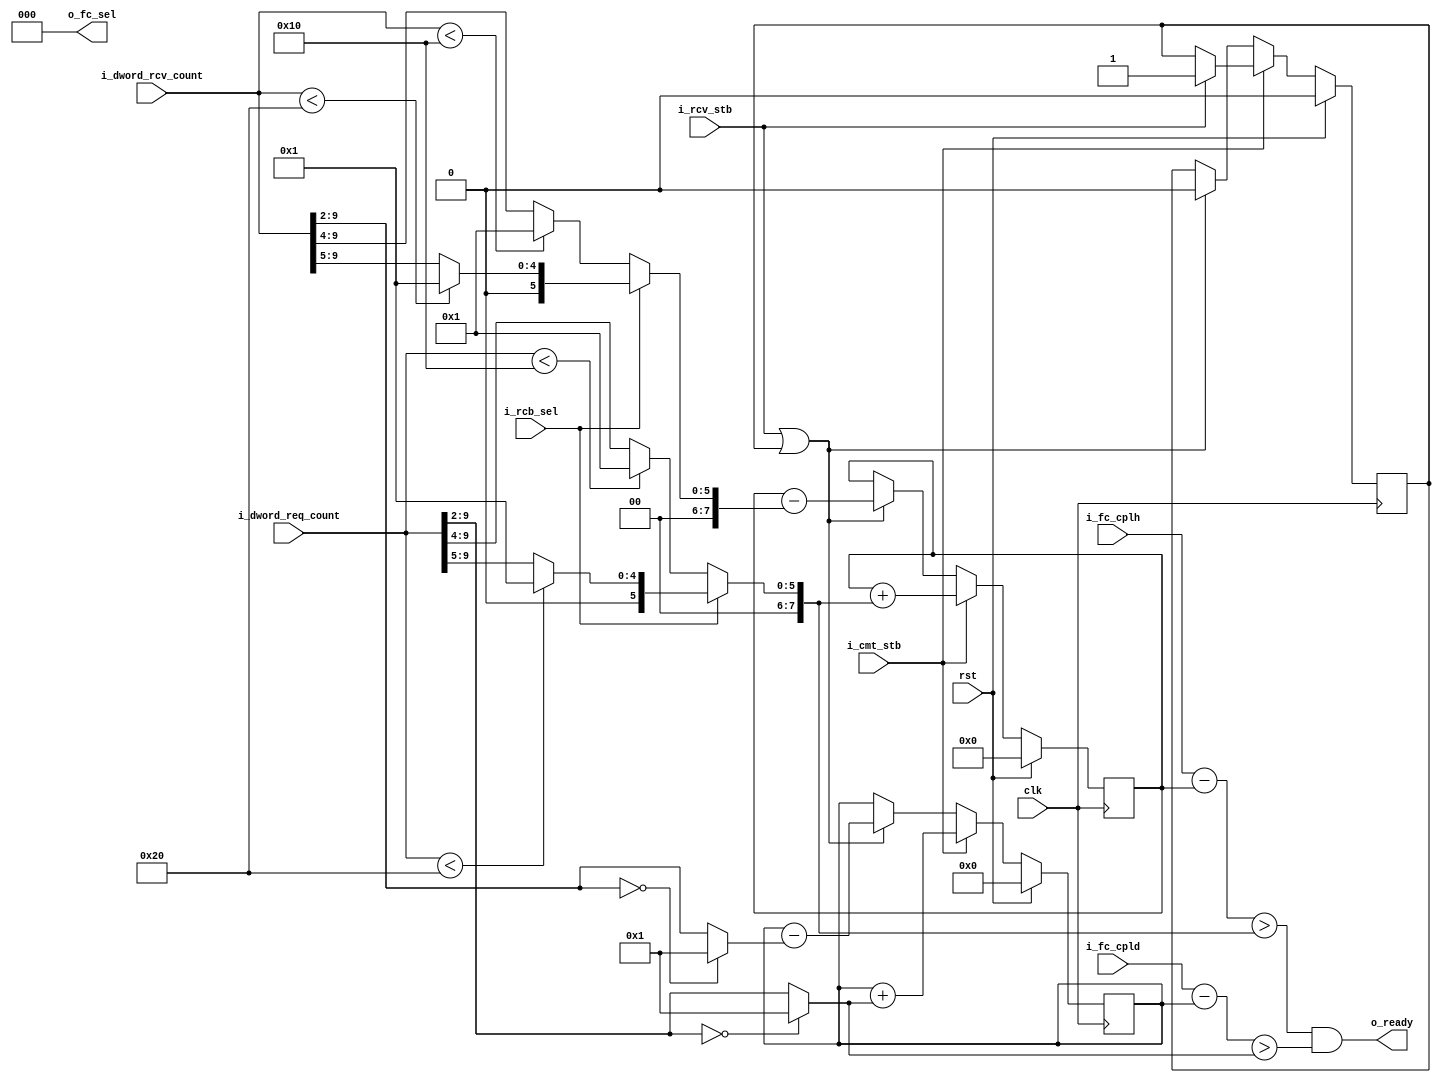
/*l
Distributed under the MIT license.
Copyright (c) 2016 Dave McCoy (dave.mccoy@cospandesign.com)

Permission is hereby granted, free of charge, to any person obtaining a copy of
this software and associated documentation files (the "Software"), to deal in
the Software without restriction, including without limitation the rights to
use, copy, modify, merge, publish, distribute, sublicense, and/or sell copies
of the Software, and to permit persons to whom the Software is furnished to do
so, subject to the following conditions:

The above copyright notice and this permission notice shall be included in all
copies or substantial portions of the Software.

THE SOFTWARE IS PROVIDED "AS IS", WITHOUT WARRANTY OF ANY KIND, EXPRESS OR
IMPLIED, INCLUDING BUT NOT LIMITED TO THE WARRANTIES OF MERCHANTABILITY,
FITNESS FOR A PARTICULAR PURPOSE AND NONINFRINGEMENT. IN NO EVENT SHALL THE
AUTHORS OR COPYRIGHT HOLDERS BE LIABLE FOR ANY CLAIM, DAMAGES OR OTHER
LIABILITY, WHETHER IN AN ACTION OF CONTRACT, TORT OR OTHERWISE, ARISING FROM,
OUT OF OR IN CONNECTION WITH THE SOFTWARE OR THE USE OR OTHER DEALINGS IN THE
SOFTWARE.
*/

/*
 * Description:
 *  Manages credit from the PCIE Core to make sure the data requested will not
 *  be lost on the ingress
 *
 * Changes:
 *  4/29/2016: Initial Commit
 */

/* Credit:
 *
 *  Header Credit:
 *    either a 3 dword credit (for 32-bit data) or a 4 dword credit ( 64-bit data)
 *  Data Credit:
 *    16 byte chunk of data (4 x 32-bit)
 *
 */

/* Types of flow control
 *  000: Receive Buffer Available
 *  001: Receive Credits Granted to the link Partner
 *  010: Receive Credits Consumed
 *  100: Transmit User Credits Available
 *  101: Transmit Credit Limit
 *  110: Transmit Credit Consumed
 */

/* Max Receive Credit Size: 128 but divide by 4 because we are working with Dwords instead of Bytes*/
`define RCB_128_SIZE  (128 / 4)
`define RCB_64_SIZE   ( 64 / 4)

module credit_manager #(
  //parameter                 MAX_PKTS = 1
  parameter                 MAX_PKTS = 0
)(
  input                     clk,
  input                     rst,


  //Credits/Configuration
  output        [2:0]       o_fc_sel,             //Select the type of flow control (see above)
  input                     i_rcb_sel,
  input         [7:0]       i_fc_cplh,            //Completion Header Credits
  input         [11:0]      i_fc_cpld,            //Completion Data Credits

  //PCIE Control Interface
  output                    o_ready,              //Ready for a new request
  input         [9:0]       i_dword_req_count,
  input                     i_cmt_stb,            //Controller commited this request

  //Completion Receive Size
  input         [9:0]       i_dword_rcv_count,
  input                     i_rcv_stb
);

//registes/wires

reg             [7:0]       r_hdr_in_flt;
reg             [11:0]      r_dat_in_flt;

wire                        w_hdr_rdy;
wire                        w_dat_rdy;
reg             [7:0]       r_max_hdr_req;

wire            [7:0]       w_hdr_avail;
wire            [11:0]      w_dat_avail;
wire            [15:0]      w_dword_avail;


reg             [7:0]       r_hdr_rcv_size;
reg                         r_delay_rcv_stb;

wire            [11:0]      w_data_credit_req_size;
wire            [11:0]      w_data_credit_rcv_size;


//submodules
//asynchronous logic
always @ (*) begin
  r_max_hdr_req = 0;
  //128 byte boundary
  if (i_rcb_sel) begin
    if (i_dword_req_count < `RCB_128_SIZE) begin
      r_max_hdr_req             =  1;
    end
    else begin
      r_max_hdr_req             =  i_dword_req_count[9:5];
    end
  end
  //64 byte boundary
  else begin
    if (i_dword_req_count < `RCB_64_SIZE) begin
      r_max_hdr_req             = 1;
    end
    else begin
      r_max_hdr_req             = i_dword_req_count[9:4];
    end
  end
end


always @ (*) begin
  r_hdr_rcv_size  = 0;
  //128 byte boundary
  if (i_rcb_sel) begin
    if (i_dword_rcv_count < `RCB_128_SIZE) begin
      r_hdr_rcv_size            = 1;
    end
    else begin
      r_hdr_rcv_size            =  i_dword_rcv_count[9:5];
    end
  end
  //64 byte boundary
  else begin
    if (i_dword_rcv_count < `RCB_64_SIZE) begin
      r_hdr_rcv_size            = 1;
    end
    else begin
      r_hdr_rcv_size            =  i_dword_rcv_count[9:4];
    end
  end
end

assign  w_data_credit_req_size  = (i_dword_req_count[9:2] == 0) ? 10'h1  : i_dword_req_count[9:2];
assign  w_data_credit_rcv_size  = (i_dword_rcv_count[9:2] == 0) ? 10'h1  : i_dword_rcv_count[9:2];

assign  w_hdr_avail             = (i_fc_cplh - r_hdr_in_flt);
assign  w_dat_avail             = (i_fc_cpld - r_dat_in_flt);
assign  w_dword_avail           = {w_dat_avail, 2'b00};

assign  w_hdr_rdy               = (w_hdr_avail > r_max_hdr_req);
assign  w_dat_rdy               = (w_dat_avail > w_data_credit_req_size);

assign  o_fc_sel                = 3'h0;

assign  o_ready                 = (MAX_PKTS == 0) ?
                                     (w_hdr_rdy & w_dat_rdy) :
                                    ((w_hdr_rdy & w_dat_rdy) && ((r_hdr_in_flt >> 3) <= MAX_PKTS));

//synchronous logic
always  @ (posedge clk) begin
  if (rst) begin
    r_hdr_in_flt                <=  0;
    r_dat_in_flt                <=  0;
    r_delay_rcv_stb             <=  0;
  end
  else begin
    if (i_cmt_stb) begin
      r_hdr_in_flt              <=  r_hdr_in_flt + r_max_hdr_req;
      r_dat_in_flt              <=  r_dat_in_flt + w_data_credit_req_size;
      //This extremely RARE situtation where the receive and commit strobe happened at the same time
      if (i_rcv_stb) begin
        r_delay_rcv_stb         <=  1;
      end
    end
    else if (i_rcv_stb || r_delay_rcv_stb) begin
      r_delay_rcv_stb           <=  0;
      r_hdr_in_flt              <=  r_hdr_in_flt - r_hdr_rcv_size;
      r_dat_in_flt              <=  r_dat_in_flt - w_data_credit_rcv_size;
    end
  end
end

endmodule